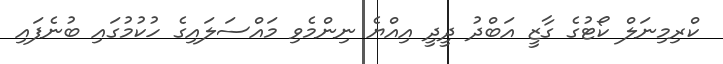
ކްރިމިނަލް ކޯޓުގެ ގާޒީ އަބްދު ދީދީ އިއްޔެ ނިންމެވި މައްސަލައިގެ ހުކުމުގައި ބުނެފައި